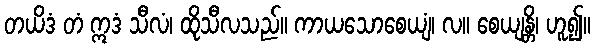
တယိဒံ တံ ဣဒံ သီလံ၊ ထိုသီလသည်။ ကာယသောစေယျံ၊ လ။ စေယျန္တိ၊ ဟူ၍။